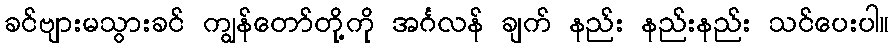
ခင်ဗျားမသွားခင် ကျွန်တော်တို့ကို အင်္ဂလန် ချက် နည်း နည်းနည်း သင်ပေးပါ။